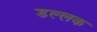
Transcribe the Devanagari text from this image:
डल्लक